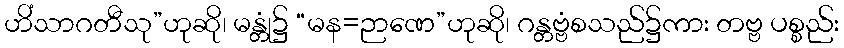
ဟိံသာဂတီသု”ဟုဆို၊ မန္တုံ၌ “မန=ဉာဏေ”ဟုဆို၊ ဂန္တဗ္ဗံစသည်၌ကား တဗ္ဗ ပစ္စည်း